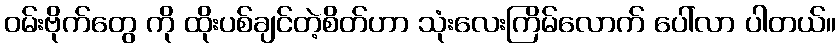
ဝမ်းဗိုက်တွေ ကို ထိုးပစ်ချင်တဲ့စိတ်ဟာ သုံးလေးကြိမ်လောက် ပေါ်လာ ပါတယ်။